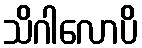
သိဂါလောပိ